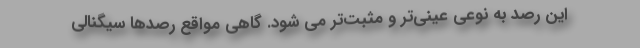
این رصد به نوعی عینی‌تر و مثبت‌تر می شود. گاهی مواقع رصدها سیگنالی